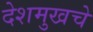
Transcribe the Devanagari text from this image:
देशमुखचे